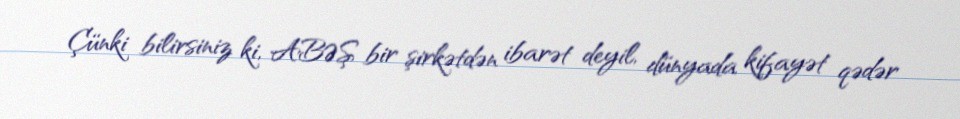
Çünki bilirsiniz ki, ABƏŞ bir şirkətdən ibarət deyil, dünyada kifayət qədər